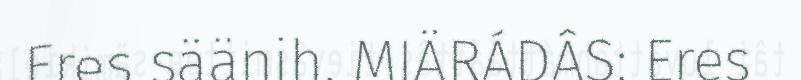
Eres säänih. MIÄRÁDÂS: Eres